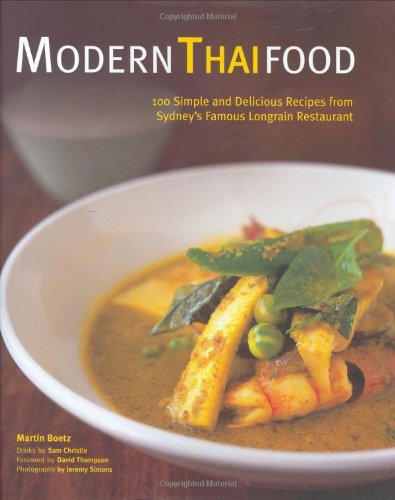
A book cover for Modern Thai Food: 100 Simple and Delicious Recipes from Sydney's Famous Longrain Restaurant; Martin Boetz; Cookbooks, Food & Wine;